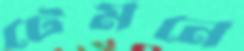
টেমনে